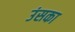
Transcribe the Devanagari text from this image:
उंसका